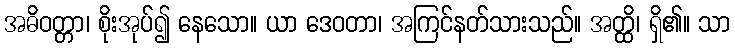
အဓိဝတ္တာ၊ စိုးအုပ်၍ နေသော။ ယာ ဒေဝတာ၊ အကြင်နတ်သားသည်။ အတ္ထိ၊ ရှိ၏။ သာ